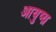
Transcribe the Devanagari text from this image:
आयुष्य़